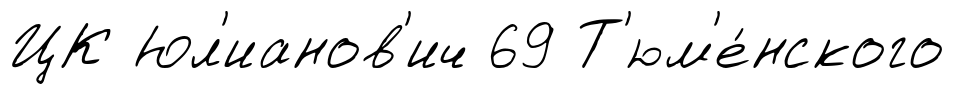
ЦК Юл'ианов'ич 69 Т'юм'е́нского